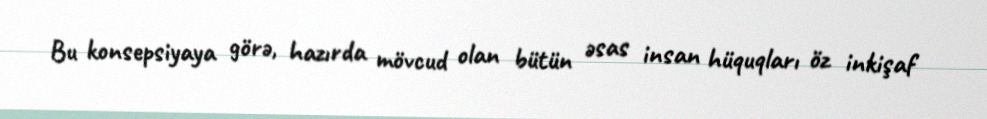
Bu konsepsiyaya görə, hazırda mövcud olan bütün əsas insan hüquqları öz inkişaf